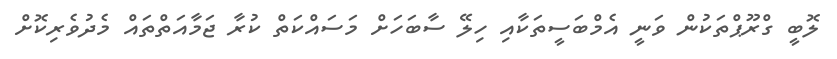
ލޮބީ ގްރޫޕްތަކުން ވަނީ އެމްބަސީތަކާއި ހިލޭ ސާބަހަށް މަސައްކަތް ކުރާ ޖަމާއަތްތައް މެެދުވެރިކޮށް